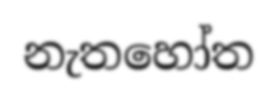
නැතහෝත